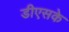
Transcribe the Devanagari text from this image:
डीएसके